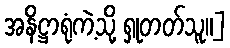
အနိဋ္ဌာရုံကဲ့သို့ ရှုတတ်သူ။]